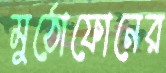
মুঠোফোনের